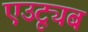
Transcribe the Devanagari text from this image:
एउट्यूब